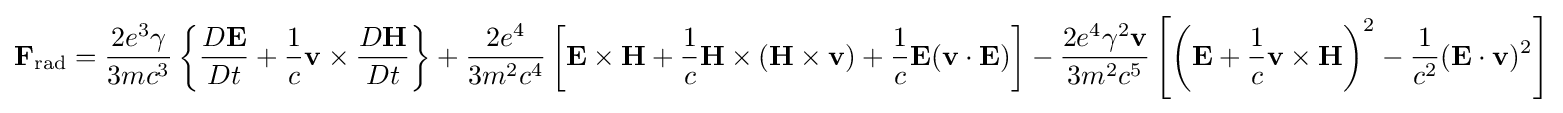
\mathbf {F} _{\mathrm {rad} }={\frac {2e^{3}\gamma }{3mc^{3}}}\left\{{\frac {D\mathbf {E} }{Dt}}+{\frac {1}{c}}\mathbf {v} \times {\frac {D\mathbf {H} }{Dt}}\right\}+{\frac {2e^{4}}{3m^{2}c^{4}}}\left[\mathbf {E} \times \mathbf {H} +{\frac {1}{c}}\mathbf {H} \times (\mathbf {H} \times \mathbf {v} )+{\frac {1}{c}}\mathbf {E} (\mathbf {v} \cdot \mathbf {E} )\right]-{\frac {2e^{4}\gamma ^{2}\mathbf {v} }{3m^{2}c^{5}}}\left[\left(\mathbf {E} +{\frac {1}{c}}\mathbf {v} \times \mathbf {H} \right)^{2}-{\frac {1}{c^{2}}}(\mathbf {E} \cdot \mathbf {v} )^{2}\right]